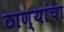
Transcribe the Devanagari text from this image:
ठाण्यांचा